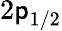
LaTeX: {2\mathsf{p}}_{1/2}